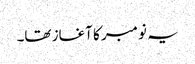
یہ نومبر کا آغاز تھا۔